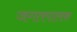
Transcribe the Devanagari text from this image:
जगतपालक